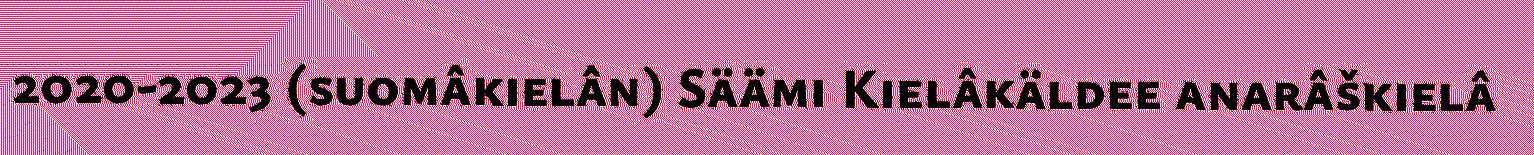
2020-2023 (suomâkielân) Säämi Kielâkäldee anarâškielâ